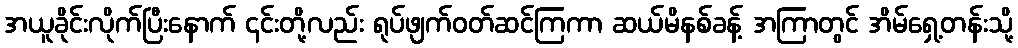
အယူခိုင်းလိုက်ပြီးနောက် ၎င်းတို့လည်း ရုပ်ဖျက်ဝတ်ဆင်ကြကာ ဆယ်မိနစ်ခန့် အကြာတွင် အိမ်ရှေ့တန်းသို့